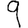
Digit: 9